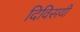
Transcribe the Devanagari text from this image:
दिविसयी